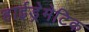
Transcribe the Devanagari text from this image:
हाईड्रेमेटिक